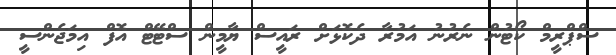
ސްޕްރީމް ކޯޓުން ނެރުނު އަމުރާ ދެކޮޅަށް ރައީސް ޔާމީން ސްޓޭޓް އޮފް އިމަޖެންސީ